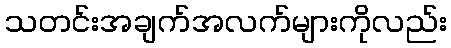
သတင်းအချက်အလက်များကိုလည်း